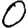
Digit: 0